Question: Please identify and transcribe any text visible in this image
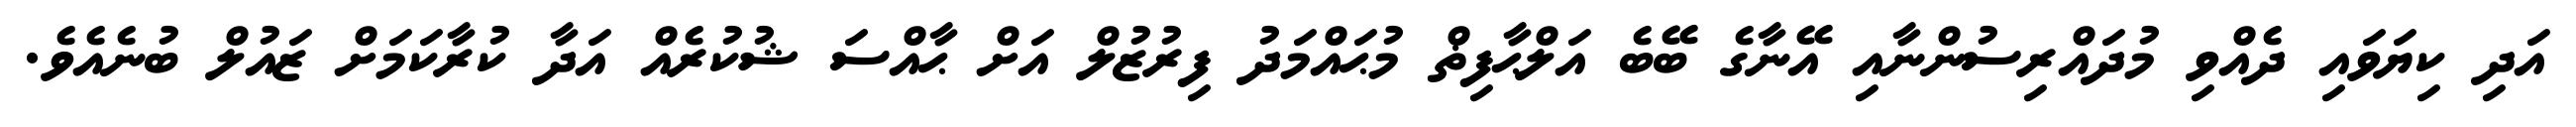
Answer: އަދި ކިޔަވައި ދެއްވި މުދައްރިސުންނާއި އޭނާގެ ބޭބެ އަލްޙާފިޡް މުޙައްމަދު ފިރުޒުލް އަށް ޙާއްސަ ޝުކުރެއް އަދާ ކުރާކަމަށް ޒައުލް ބުނެއެވެ.